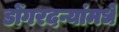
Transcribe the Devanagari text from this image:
डोंगरदऱ्यांमधे